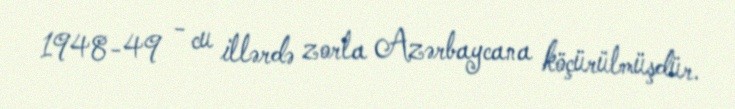
1948-49 - cu illərdə zorla Azərbaycana köçürülmüşdür.